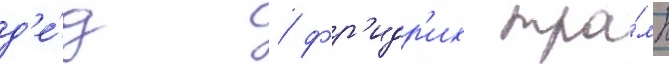
д'е́д / фр'идр'их тра́мп